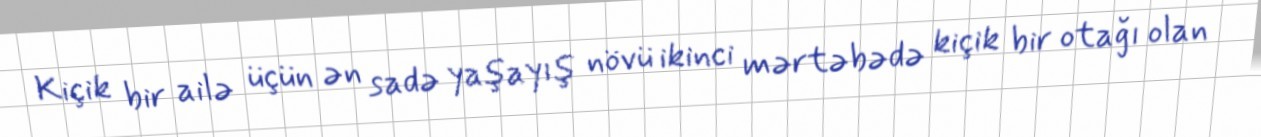
Kiçik bir ailə üçün ən sadə yaşayış növü ikinci mərtəbədə kiçik bir otağı olan